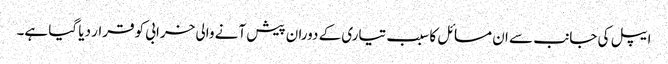
ایپل کی جانب سے ان مسائل کا سبب تیاری کے دوران پیش آنے والی خرابی کو قرار دیا گیا ہے۔